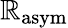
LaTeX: \mathbb{R}_{\mathrm{{asym}}}